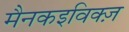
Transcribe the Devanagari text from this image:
मैनकइविक्ज़